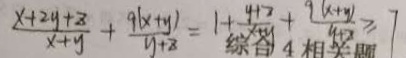
\frac { x + 2 y + z } { x + y } + \frac { 9 ( x + y ) } { y + z } = 1 + \frac { y + 2 } { x + y } + \frac { 9 ( x + y ) } { y + 2 } \geq 7